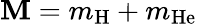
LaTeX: \mathbf{M}=m_{\mathrm{{H}}}+m_{\mathrm{{He}}}